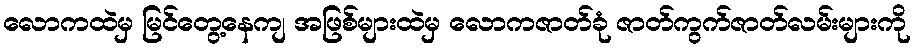
လောကထဲမှ မြင်တွေ့နေကျ အဖြစ်များထဲမှ လောကဇာတ်ခုံ ဇာတ်ကွက်ဇာတ်လမ်းများကို